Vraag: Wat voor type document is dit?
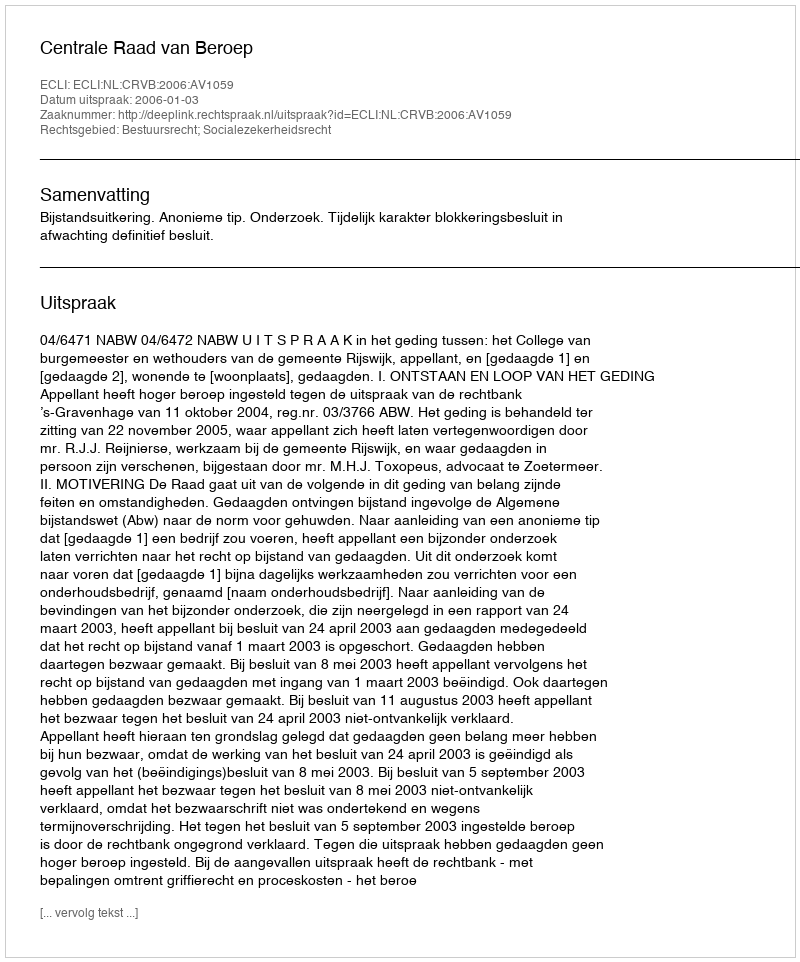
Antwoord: Uitspraak